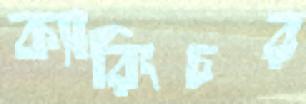
ক্যারিংচর